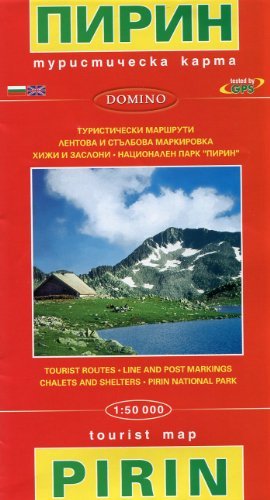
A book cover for Pirin Mountains (Bulgaria) 1:50,000 Hiking Map, GPS-compatible DOMINO; Domino; Travel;